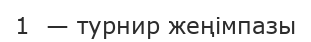
1  — турнир жеңімпазы